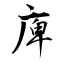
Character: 庳